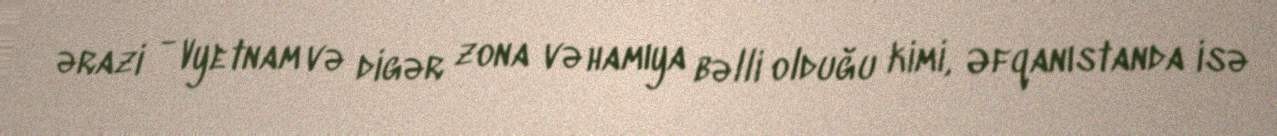
ərazi - Vyetnam və digər zona və hamıya bəlli olduğu kimi, Əfqanıstanda isə